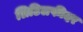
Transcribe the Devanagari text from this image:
लिटिलफीदर